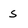
Character: s